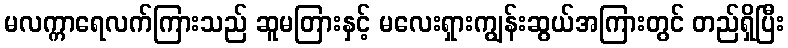
မလက္ကာရေလက်ကြားသည် ဆူမတြားနှင့် မလေးရှားကျွန်းဆွယ်အကြားတွင် တည်ရှိပြီး